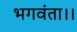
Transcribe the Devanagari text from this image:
भगवंता।।